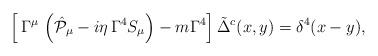
LaTeX: \begin{align*} \left[\,\Gamma^\mu\,\left(\hat{{\cal P}}_\mu- i\eta \,\Gamma^4 S_\mu \right) - m\Gamma^4\right]\tilde{\Delta}^c(x,y)= \delta^4(x-y),\end{align*}